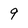
Character: 9